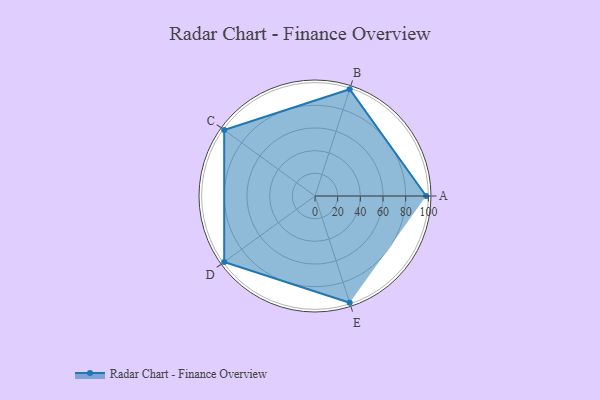
{"axis": {"x": "Skill", "y": "Score"}, "legend": ["Profile"], "data": [{"x": "A", "y": 98.0, "type": "Profile"}, {"x": "B", "y": 99, "type": "Profile"}, {"x": "C", "y": 99, "type": "Profile"}, {"x": "D", "y": 99, "type": "Profile"}, {"x": "E", "y": 99, "type": "Profile"}]}